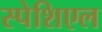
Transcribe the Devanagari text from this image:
स्पेशिएल